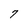
Character: 7